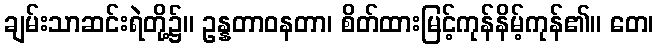
ချမ်းသာဆင်းရဲတို့၌။ ဥန္နတာဝနတာ၊ စိတ်ထားမြင့်ကုန်နိမ့်ကုန်၏။ တေ၊